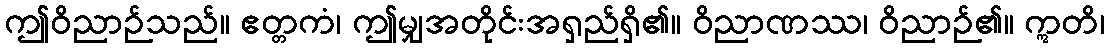
ဤဝိညာဉ်သည်။ ဧတ္တကံ၊ ဤမျှအတိုင်းအရှည်ရှိ၏။ ဝိညာဏဿ၊ ဝိညာဉ်၏။ ဣတိ၊